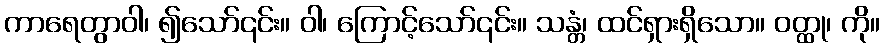
ကာရေတွာဝါ၊ ၍သော်၎င်း။ ဝါ၊ ကြောင့်သော်၎င်း။ သန္တံ၊ ထင်ရှားရှိသော။ ဝတ္ထု၊ ကို။